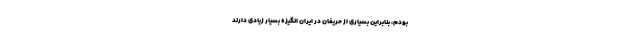
بودم، بنابراین بسیاری از حریفان در ایران انگیزه بسیار زیادی دارند